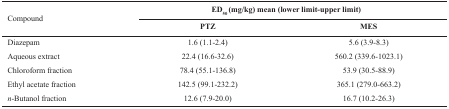
<table><thead><tr><td rowspan="2"><b>Compound</b></td><td colspan="2"><b>ED50 (mg/kg) mean (lower limit-upper limit)</b></td></tr><tr><td><b>PTZ</b></td><td><b>MES</b></td></tr></thead><tbody><tr><td>Diazepam</td><td>1.6 (1.1-2.4)</td><td>5.6 (3.9-8.3)</td></tr><tr><td>Aqueous extract</td><td>22.4 (16.6-32.6)</td><td>560.2 (339.6-1023.1)</td></tr><tr><td>Chloroform fraction</td><td>78.4 (55.1-136.8)</td><td>53.9 (30.5-88.9)</td></tr><tr><td>Ethyl acetate fraction</td><td>142.5 (99.1-232.2)</td><td>365.1 (279.0-663.2)</td></tr><tr><td><i>n</i>-Butanol fraction</td><td>12.6 (7.9-20.0)</td><td>16.7 (10.2-26.3)</td></tr></tbody></table>